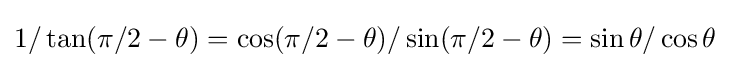
1/\tan(\pi /2-\theta )=\cos(\pi /2-\theta )/\sin(\pi /2-\theta )=\sin \theta /\cos \theta